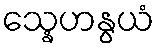
သ္နေဟနွယံ